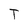
Character: T